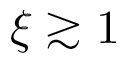
\xi \gtrsim 1